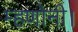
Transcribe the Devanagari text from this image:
म्हणोनी।